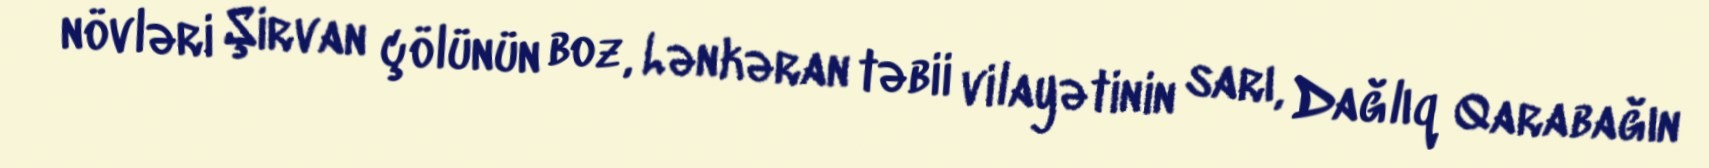
növləri Şirvan çölünün boz, Lənkəran təbii vilayətinin sarı, Dağlıq Qarabağın